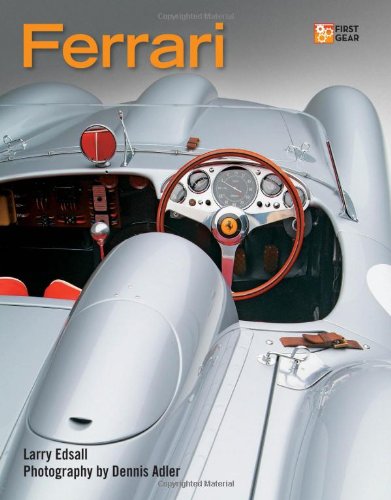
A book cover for Ferrari (First Gear); Larry Edsall; Crafts, Hobbies & Home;